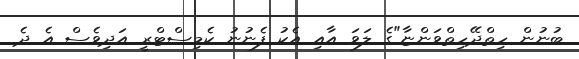
ބުނުން ހިތްދޭހިތްވަންޏާ"ގެ ލަވަ އާއި އެކު ފެނުނު ކެމިސްޓްރީ އަދިވެސް އެ ދެ